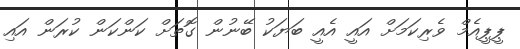
ޕީޕީއެމް ވެރިކަމަށް އައީ އެއީ ބަޔަކު ބޭނުން ގޮތަށް ކަންކަން ކުރަން އައި